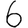
Digit: 6